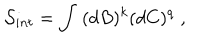
\mathcal { S } _ { i n t } = \int \; ( d B ) ^ { k } ( d C ) ^ { q } \; ,